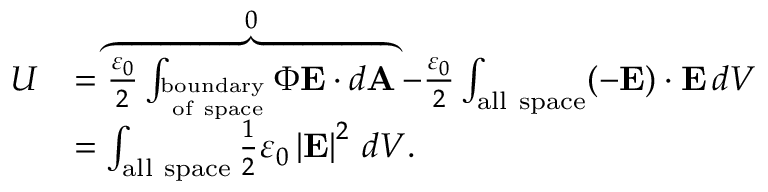
{ \begin{array} { r l } { U } & { = \overbrace { { \frac { \varepsilon _ { 0 } } { 2 } } \int _ { _ { \mathrm { ~ o f ~ s p a c e } } ^ { \mathrm { b o u n d a r y } } } \Phi \mathbf { E } \cdot d \mathbf { A } } ^ { 0 } - { \frac { \varepsilon _ { 0 } } { 2 } } \int _ { \mathrm { a l l ~ s p a c e } } ( - \mathbf { E } ) \cdot \mathbf { E } \, d V } \\ & { = \int _ { \mathrm { a l l ~ s p a c e } } { \frac { 1 } { 2 } } \varepsilon _ { 0 } \left| { \mathbf { E } } \right| ^ { 2 } \, d V . } \end{array} }